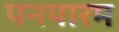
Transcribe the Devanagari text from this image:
पनयारम